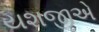
યશજીએ